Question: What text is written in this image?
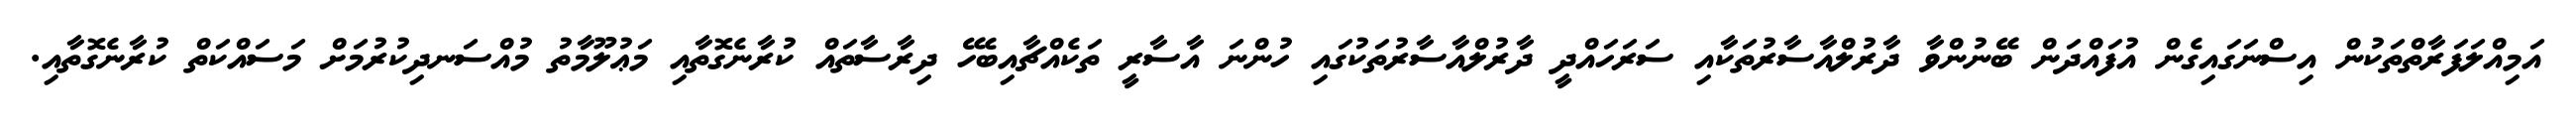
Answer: އަމިއްލަފަރާތްތަކުން އިސްނަގައިގެން އުފައްދަން ބޭނުންވާ ދާރުލްއާސާރުތަކާއި ސަރަހައްދީ ދާރުލްއާސާރުތަކުގައި ހުންނަ އާސާރީ ތަކެއްޗާއިބެހޭ ދިރާސާތައް ކުރާނެގޮތާއި މަޢުލޫމާތު މުއްސަނދިކުރުމަށް މަސައްކަތް ކުރާނެގޮތާއި.